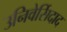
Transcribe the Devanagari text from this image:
उनिवेर्सिदाद